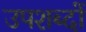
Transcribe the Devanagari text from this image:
उपशब्दों